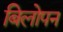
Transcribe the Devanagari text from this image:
बिलोपन